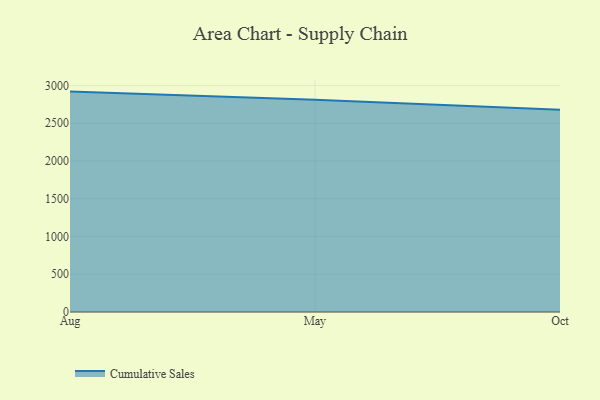
{"axis": {"x": "Month", "y": "Tickets Resolved"}, "legend": ["Cumulative Sales"], "data": [{"x": "Aug", "y": 2919.6, "type": "Cumulative Sales"}, {"x": "May", "y": 2812.8, "type": "Cumulative Sales"}, {"x": "Oct", "y": 2677.8, "type": "Cumulative Sales"}]}